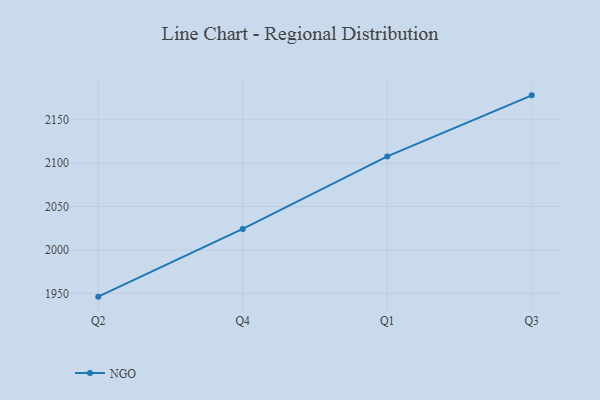
{"axis": {"x": "Quarter", "y": "Temperature (°C)"}, "legend": ["NGO"], "data": [{"x": "Q2", "y": 1946.2, "type": "NGO"}, {"x": "Q4", "y": 2024.3, "type": "NGO"}, {"x": "Q1", "y": 2107.8, "type": "NGO"}, {"x": "Q3", "y": 2178.2, "type": "NGO"}]}